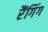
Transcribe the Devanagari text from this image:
रैंगिंग